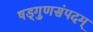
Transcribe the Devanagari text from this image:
षड्गुणसंपदम्‌